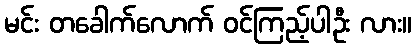
မင်း တခေါက်လောက် ဝင်ကြည့်ပါဦး လား။